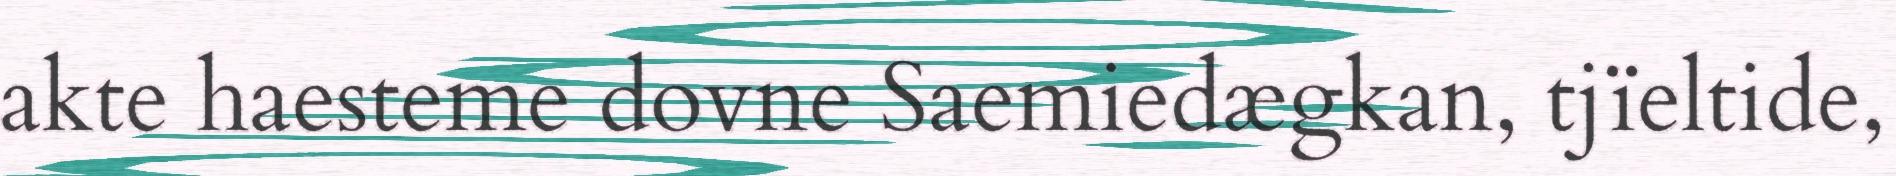
akte haesteme dovne Saemiedægkan, tjïeltide,